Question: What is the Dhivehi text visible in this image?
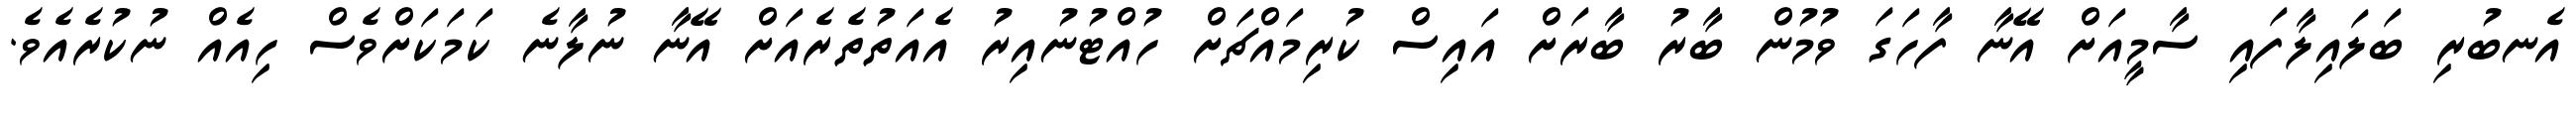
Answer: އެނބުރި ބަލައިލާފައި ސާމީއަށް އޭނާ ފާހަގަ ވުމުން ބާރު ބާރަށް އައިސް ކުރިމައްޗަށް ހުއްޓުނުއިރު އެއަތުތެރެއަށް އޭނާ ނުލާނެ ކަމަކަށްވެސް ހިއެއް ނުކުރެއެވެ.